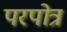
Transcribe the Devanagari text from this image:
परपोत्र